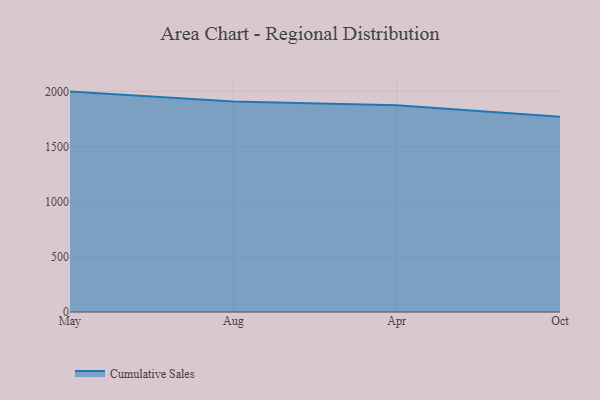
{"axis": {"x": "Month", "y": "Production Output"}, "legend": ["Cumulative Sales"], "data": [{"x": "May", "y": 1997.5, "type": "Cumulative Sales"}, {"x": "Aug", "y": 1907.7, "type": "Cumulative Sales"}, {"x": "Apr", "y": 1874.7, "type": "Cumulative Sales"}, {"x": "Oct", "y": 1769.2, "type": "Cumulative Sales"}]}